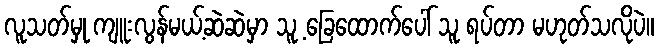
လူသတ်မှု ကျူးလွန်မယ့်ဆဲဆဲမှာ သူ့ ခြေထောက်ပေါ် သူ ရပ်တာ မဟုတ်သလိုပဲ။